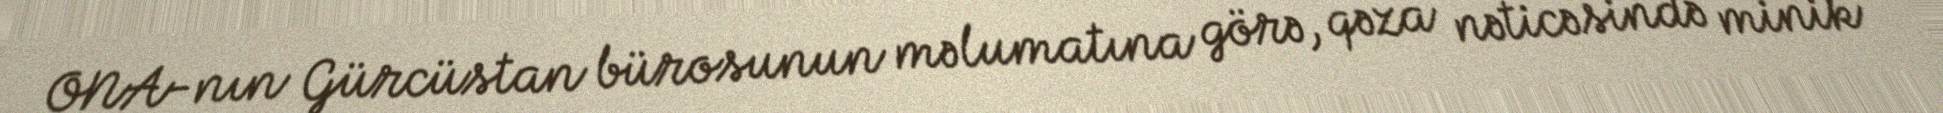
ONA-nın Gürcüstan bürosunun məlumatına görə, qəza nəticəsində minik